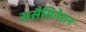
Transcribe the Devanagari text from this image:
असैसिनेशन